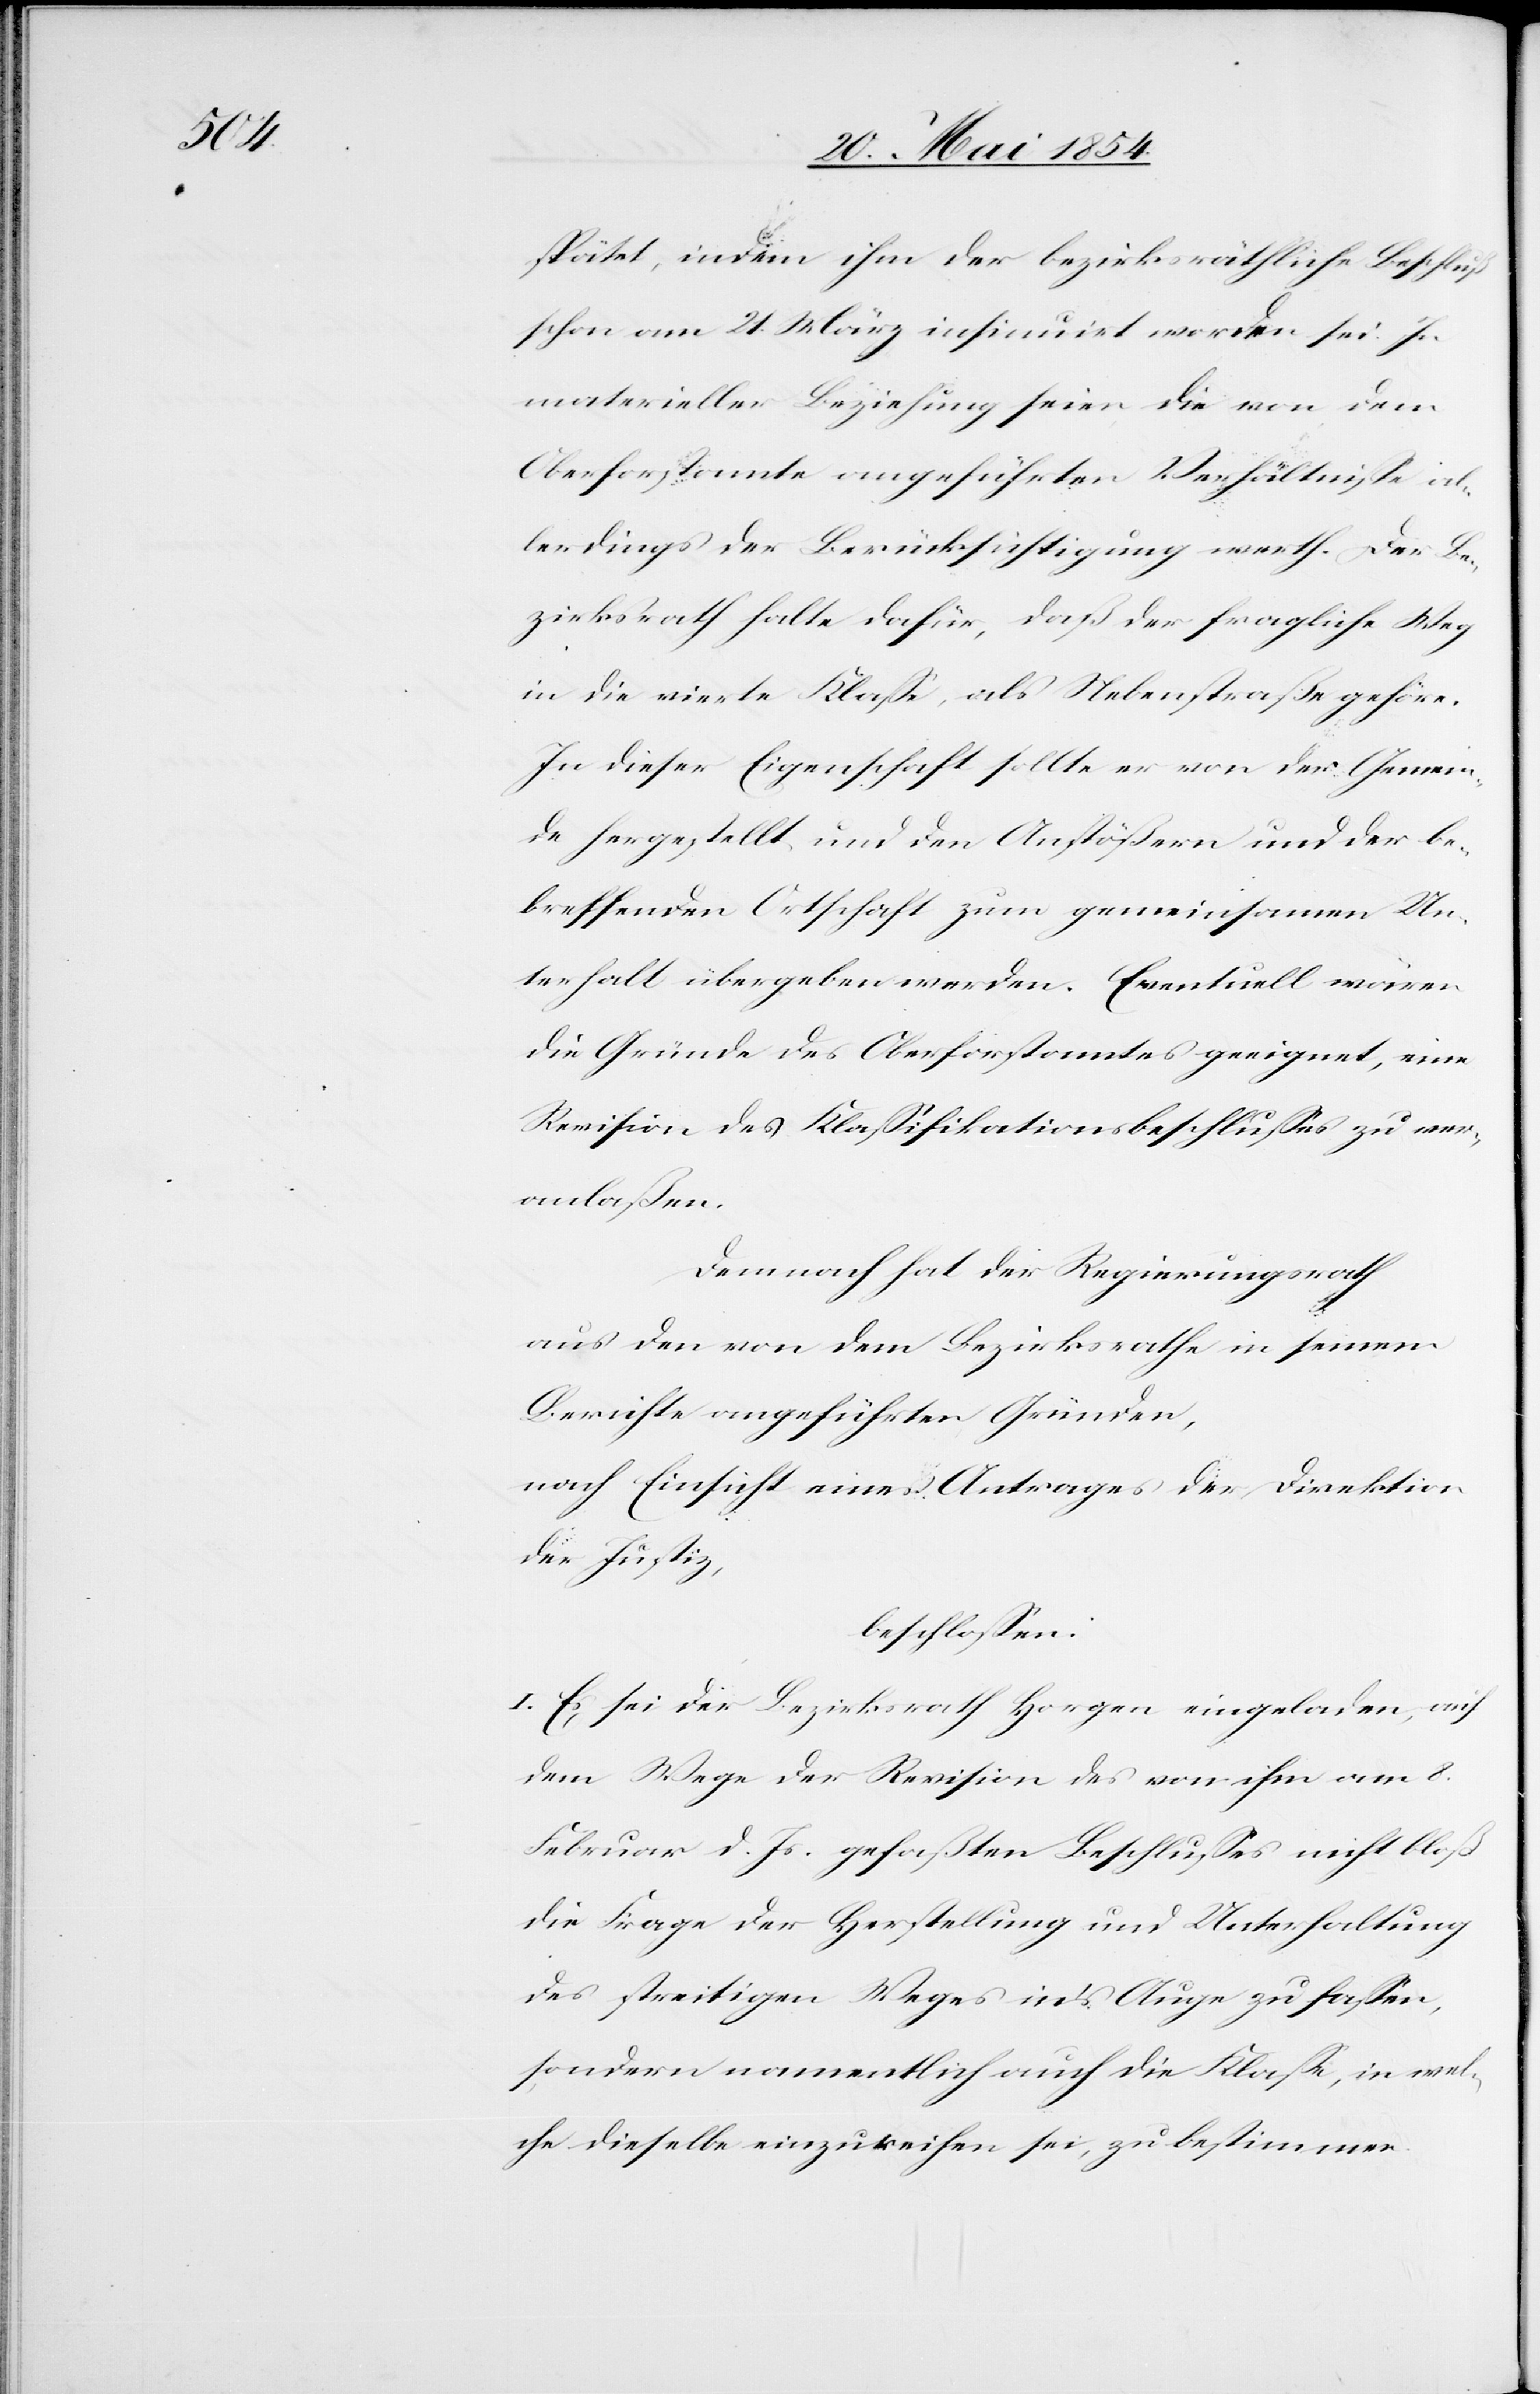
spätet, indem ihm der bezirksräthliche Beschluß
schon am 21. März insinuirt worden sei. In
materieller Beziehung seien die von dem
Oberforstamte angeführten Verhältniße al¬
lerdings der Berücksichtigung werth. Der Be¬
zirksrath halte dafür, daß der fragliche Weg
in die vierte Klaße, als Nebenstraße gehöre.
In dieser Eigenschaft sollte er von der Gemein¬
de hergestellt und den Anstößern und der be¬
treffenden Ortschaft zum gemeinsamen Un¬
terhalt übergeben werden. Eventuell wären
die Gründe des Oberforstamtes geeignet, eine
Revision des Klaßifikationsbeschlußes zu ver¬
anlaßen.
Demnach hat der Regierungsrath
aus den von dem Bezirksrathe in seinem
Berichte angeführten Gründen,
nach Einsicht eines Antrages der Direktion
der Justiz,
beschloßen:
I. Es sei der Bezirksrath Horgen eingeladen, auf
dem Wege der Revision des von ihm am 8.
Februar d. Js. gefaßten Beschlußes nicht bloß
die Frage der Herstellung und Unterhaltung
des streitigen Weges in’s Auge zu faßen,
sondern namentlich auch die Klaße, in wel¬
che dieselbe einzureichen sei, zu bestimmen.